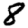
Digit: 8